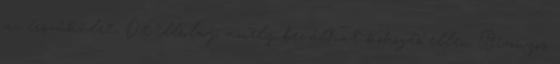
az érszűkület, Öt illóolaj, amely beválhat köhögés ellen Bizonyos